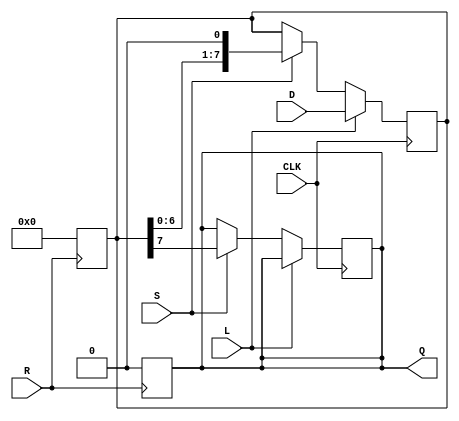
module PISO_Register (
    input wire [7:0] D,    // 8-bit input data bus
    input wire L,          // Load control signal
    input wire S,          // Shift control signal
    input wire CLK,        // Clock signal
    input wire R,          // Asynchronous reset signal
    output reg Q           // Serial output
);

    reg [7:0] shift_reg;   // 8-bit shift register

    // Asynchronous reset
    always @(posedge R) begin
        shift_reg <= 8'b0;  // Clear the register
        Q <= 1'b0;          // Clear the serial output
    end

    // Synchronous operation
    always @(posedge CLK) begin
        if (L) begin
            // Load data into the register
            shift_reg <= D;
        end else if (S) begin
            // Shift data out serially
            Q <= shift_reg[7]; // Output the MSB
            shift_reg <= {shift_reg[6:0], 1'b0}; // Shift right and fill LSB with 0
        end
    end

endmodule